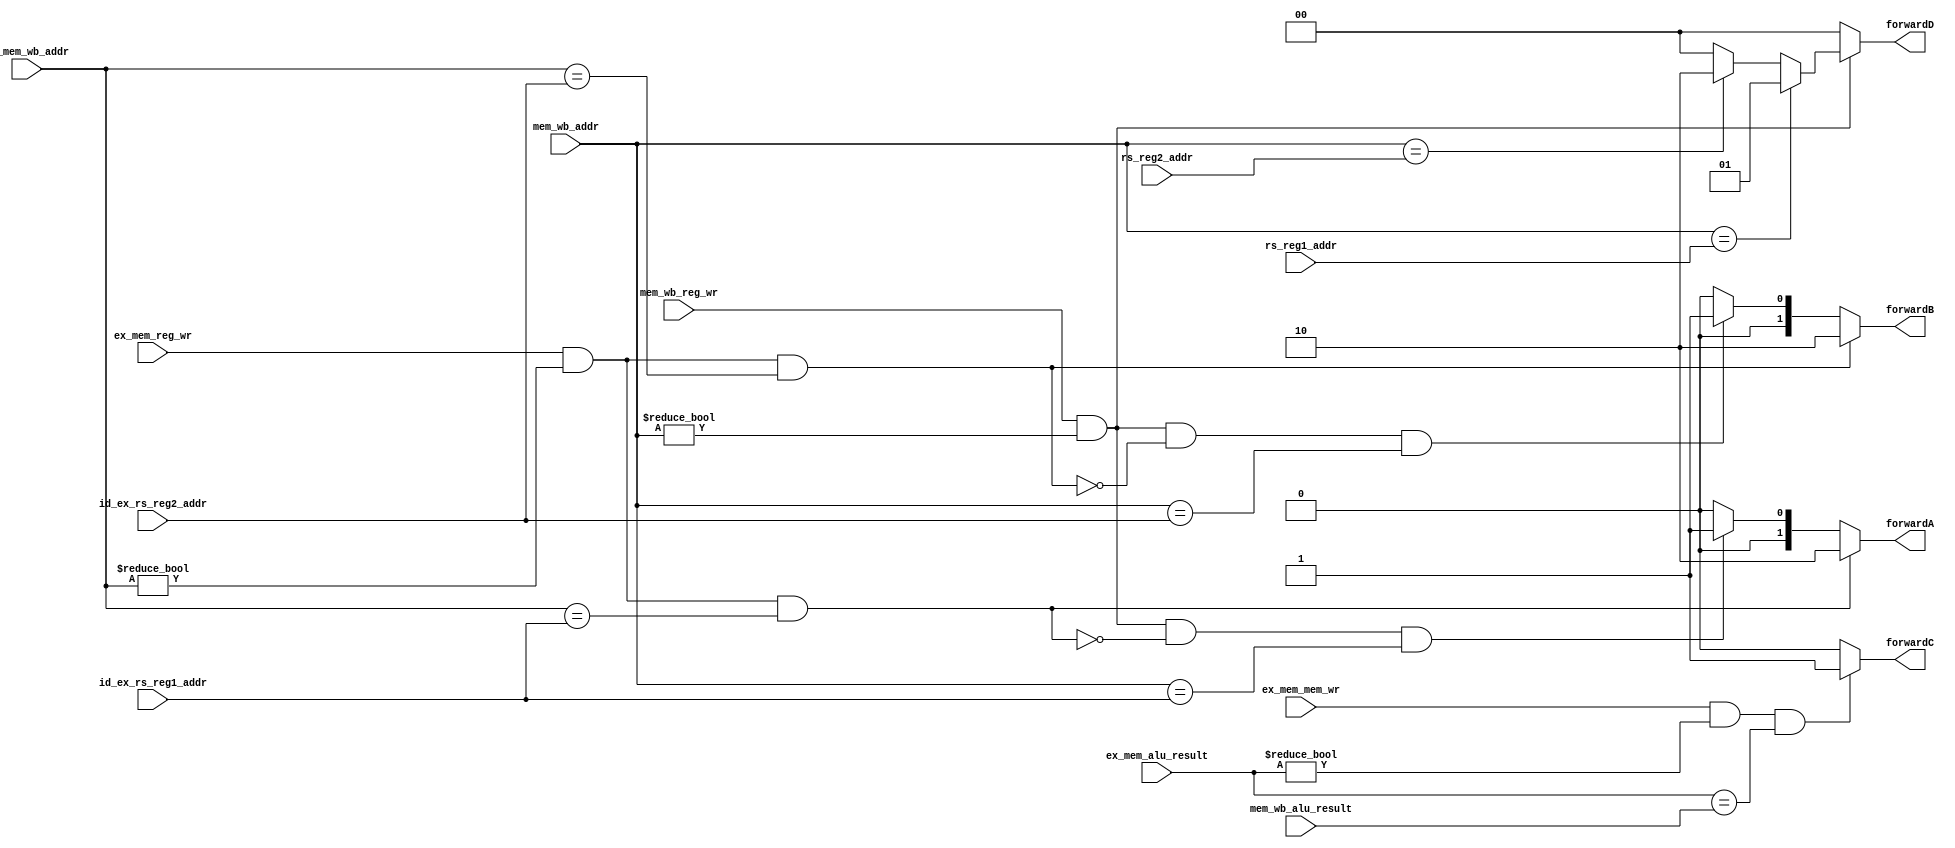
module forward_unit(
    //input
    
    input       [4:0]   rs_reg1_addr        ,
    input       [4:0]   rs_reg2_addr        ,

    input       [4:0]   id_ex_rs_reg1_addr  ,
    input       [4:0]   id_ex_rs_reg2_addr  ,

    input       [4:0]   ex_mem_wb_addr      ,
    input       [4:0]   mem_wb_addr         ,
    
    input       [31:0]  ex_mem_alu_result   ,
    input       [31:0]  mem_wb_alu_result   ,

    input               ex_mem_reg_wr       ,
    input               mem_wb_reg_wr       ,
    
    input               ex_mem_mem_wr       ,
    //output    
    output  reg [1:0]   forwardA            ,
    output  reg [1:0]   forwardB            ,
    output  reg         forwardC            ,
    output  reg [1:0]   forwardD            

);

//=================================================================================
// Parameter declaration
//=================================================================================





//=================================================================================
// Signal declaration
//=================================================================================




//=================================================================================
// Body
//=================================================================================


always @(*)begin
    if(ex_mem_reg_wr == 1'b1 && ex_mem_wb_addr != 5'd0 && ex_mem_wb_addr == id_ex_rs_reg1_addr)
        forwardA = 2'b10;
    else if(mem_wb_reg_wr == 1'b1 && mem_wb_addr != 5'd0 && 
          !(ex_mem_reg_wr == 1'b1 && (ex_mem_wb_addr != 5'd0) && (ex_mem_wb_addr == id_ex_rs_reg1_addr)) && 
          (mem_wb_addr == id_ex_rs_reg1_addr))
        forwardA = 2'b01;
    else
        forwardA = 2'b00;
end

always @(*)begin
    if(ex_mem_reg_wr == 1'b1 && ex_mem_wb_addr != 5'd0 && ex_mem_wb_addr == id_ex_rs_reg2_addr)
        forwardB = 2'b10;
    else if(mem_wb_reg_wr == 1'b1 && mem_wb_addr != 5'd0 && 
          !(ex_mem_reg_wr == 1'b1 && (ex_mem_wb_addr != 5'd0) && (ex_mem_wb_addr == id_ex_rs_reg2_addr)) && 
          (mem_wb_addr == id_ex_rs_reg2_addr))
        forwardB = 2'b01;
    else
        forwardB = 2'b00;
end

always @(*)begin
    if(ex_mem_mem_wr == 1'b1 && ex_mem_alu_result != 32'b0 && (ex_mem_alu_result == mem_wb_alu_result))
        forwardC = 1'b1;
    else
        forwardC = 1'b0;
end


always @(*)begin
    if(mem_wb_reg_wr == 1'b1 && mem_wb_addr != 5'd0)
        if(mem_wb_addr == rs_reg1_addr)
            forwardD = 2'b01;
        else if(mem_wb_addr == rs_reg2_addr)
            forwardD = 2'b10;
        else
            forwardD = 2'b00;
    else
        forwardD = 2'b00;
end



endmodule